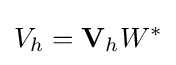
V_{h}=\mathbf {V} _{h}W^{*}